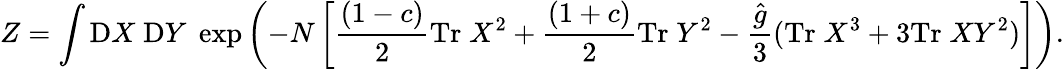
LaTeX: Z=\int\mathrm{D}X\; \mathrm{D}Y\; \exp\left(-N\left[\frac{(1-c)}{2}\mathrm{Tr}\; X^{2}+\frac{(1+c)}{2}\mathrm{Tr}\; Y^{2}-\frac{\widehat{g}}{3}(\mathrm{Tr}\; X^{3}+3\mathrm{Tr}\; XY^{2})\right]\right).